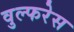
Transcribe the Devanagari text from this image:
वुल्फरेस